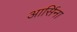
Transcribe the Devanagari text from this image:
आर्सिना